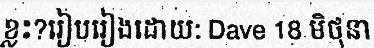
ខ្លះ?រៀបរៀងដោយ: Dave 18 មិថុនា